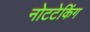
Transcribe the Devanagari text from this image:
नोटटेकिंग